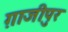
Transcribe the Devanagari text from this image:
ग़ाजीपुर